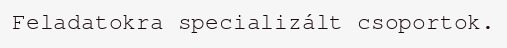
Feladatokra specializált csoportok.